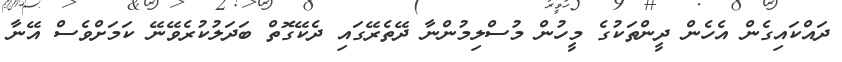
ދައްކައިގެން އެހެން ދީންތަކުގެ މީހުން މުސްލިމުންނާ ދޭތެރޭގައި ދެކޭގޮތް ބަދަލުކުރެވޭނޭ ކަމަށްވެސް އޭނާ